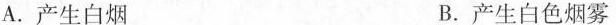
A.产生白烟 B.产生白色烟雾